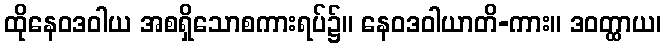
ထိုနေဝဒဝါယ အစရှိသောစကားရပ်၌။ နေဝဒဝါယာတိ-ကား။ ဒဝတ္ထာယ၊